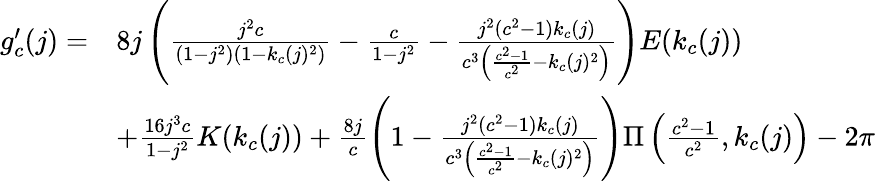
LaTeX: \begin{array}{rl}{g_{c}^{\prime}(j)=}&{8j\left(\frac{j^{2}c}{(1-j^{2})(1-k_{c}(j)^{2})}-\frac{c}{1-j^{2}}-\frac{j^{2}(c^{2}-1)k_{c}(j)}{c^{3}\left(\frac{c^{2}-1}{c^{2}}-k_{c}(j)^{2}\right)}\right)E(k_{c}(j))}\\ &{+\frac{16j^{3}c}{1-j^{2}}K(k_{c}(j))+\frac{8j}{c}\left(1-\frac{j^{2}(c^{2}-1)k_{c}(j)}{c^{3}\left(\frac{c^{2}-1}{c^{2}}-k_{c}(j)^{2}\right)}\right)\Pi\left(\frac{c^{2}-1}{c^{2}},k_{c}(j)\right)-2\pi}\end{array}